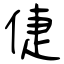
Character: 倢